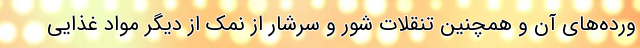
ورده‌های آن و همچنین تنقلات شور و سرشار از نمک از دیگر مواد غذایی